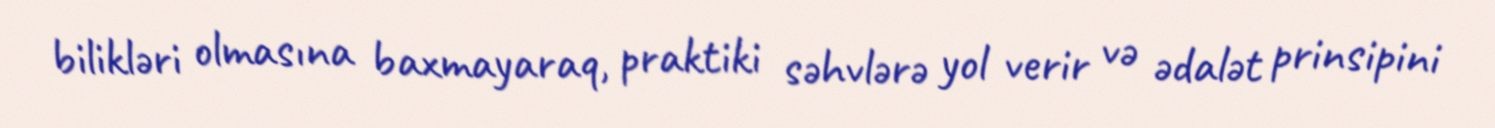
bilikləri olmasına baxmayaraq, praktiki səhvlərə yol verir və ədalət prinsipini